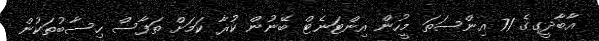
އާބާދީގގެ 71 އިންސަތަ މީހުން އިންޓަނެޓް ބޭނުން ކުރާ ކަމަށް ތަފާސް ހިސާބުތަކުން